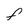
Character: F